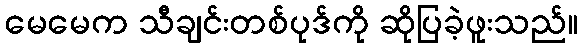
မေမေက သီချင်းတစ်ပုဒ်ကို ဆိုပြခဲ့ဖူးသည်။